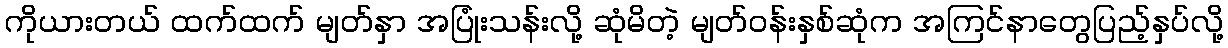
ကိုယားတယ် ထက်ထက် မျတ်နှာ အပြုံးသန်းလို့ ဆုံမိတဲ့ မျတ်ဝန်းနှစ်ဆုံက အကြင်နာတွေပြည့်နှပ်လို့